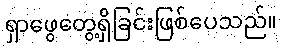
ရှာဖွေတွေ့ရှိခြင်းဖြစ်ပေသည်။